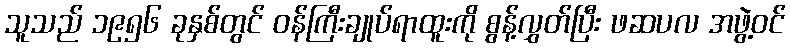
သူသည် ၁၉၅၆ ခုနှစ်တွင် ဝန်ကြီးချုပ်ရာထူးကို စွန့်လွှတ်ပြီး ဖဆပလ အဖွဲ့ဝင်